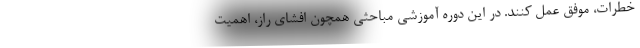
خطرات، موفق عمل کنند. در اين دوره آموزشی مباحثي همچون افشاي راز، اهميت